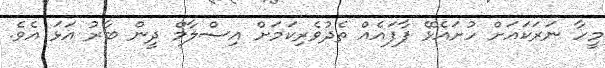
މީހާ ނަރަކައަށް ހުށައެޅޭ ފާފައެއް ތެދުވެރިކަމަށް އިސްލާމް ދީން ބާރު އަޅަ އެވެ.